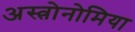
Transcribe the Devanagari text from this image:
अस्त्रोनोमिया